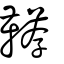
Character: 韉